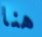
هنا